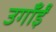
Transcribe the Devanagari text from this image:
उगाँईं